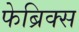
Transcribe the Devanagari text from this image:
फेब्रिक्स